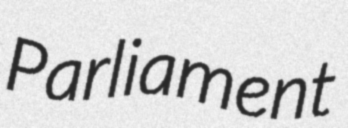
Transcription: Parliament